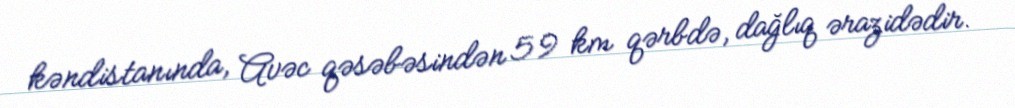
kəndistanında, Avəc qəsəbəsindən 59 km qərbdə, dağlıq ərazidədir.